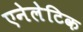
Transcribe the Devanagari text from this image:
एनेलेटिक